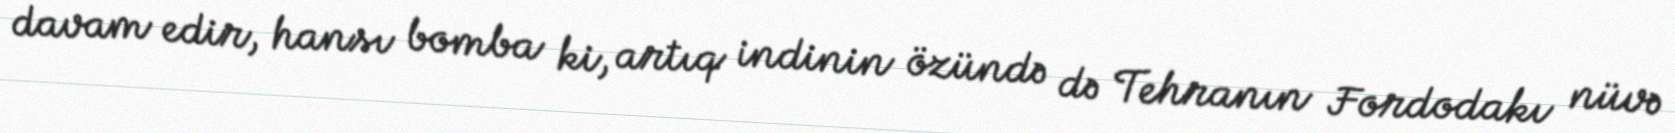
davam edir, hansı bomba ki, artıq indinin özündə də Tehranın Fordodakı nüvə